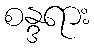
စန္ဒရား